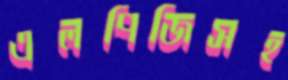
এলপিজিসহ